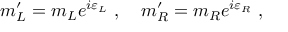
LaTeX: m _ { L } ^ { \prime } = m _ { L } e ^ { i \varepsilon _ { L } } \ , \ \ \ m _ { R } ^ { \prime } = m _ { R } e ^ { i \varepsilon _ { R } } \ ,